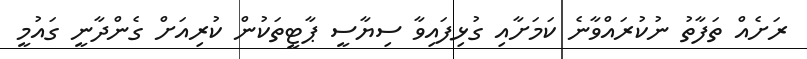
ރަށެއް ތަފާތު ނުކުރައްވާނެ ކަމަށާއި ގުޅިފައިވާ ސިޔާސީ ޕާޓީތަކުން ކުރިއަށް ގެންދާނީ ގައުމީ